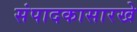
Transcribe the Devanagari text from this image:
संपादकासारखे